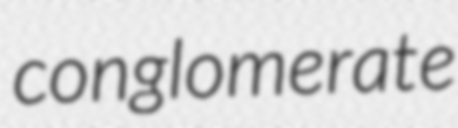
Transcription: conglomerate